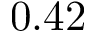
0 . 4 2